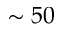
\sim 5 0